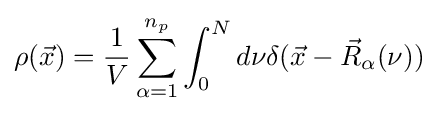
\rho ({\vec {x}})={\frac {1}{V}}\sum _{\alpha =1}^{n_{p}}\int _{0}^{N}d\nu \delta ({\vec {x}}-{\vec {R}}_{\alpha }(\nu ))